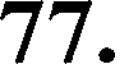
77.